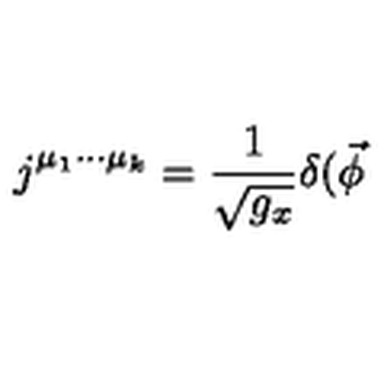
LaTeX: j ^ { \mu _ { 1 } \cdot \cdot \cdot \mu _ { k } } = \frac 1 { \sqrt { g _ { x } } } \delta ( \vec { \phi }